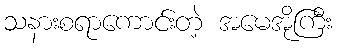
သနားစရာကောင်းတဲ့ အမေအိုကြီး